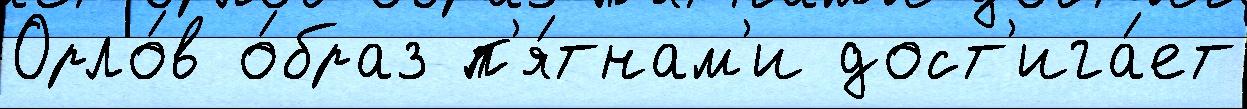
Орло́в о́браз п'я́тнам'и дост'ига́ет